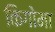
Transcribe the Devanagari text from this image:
किगोमा